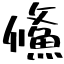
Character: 鯈